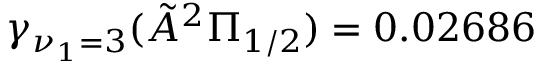
\gamma _ { \nu _ { 1 } = 3 } ( \tilde { A } ^ { 2 } \Pi _ { 1 / 2 } ) = 0 . 0 2 6 8 6